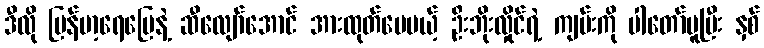
ဒီလို မြန်မာ့ရေမြေနဲ့ ဆီလျော်အောင် အားထုတ်ပေမယ့် ဦးဘိုးလှိုင်ရဲ့ ကျမ်းကို ပါတော်မူပြီး နှစ်